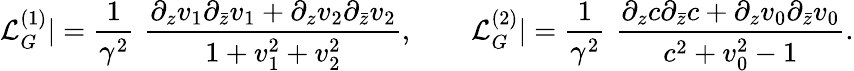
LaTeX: {\mathcal L}_{G}^{(1)}|=\frac{1}{\gamma^{2}}\, \, \frac{\partial_{z}v_{1}\partial_{\bar{z}}v_{1}+\partial_{z}v_{2}\partial_{\bar{z}}v_{2}}{1+v_{1}^{2}+v_{2}^{2}},~~~~~~~~{\mathcal L}_{G}^{(2)}|=\frac{1}{\gamma^{2}}\, \, \frac{\partial_{z}c\partial_{\bar{z}}c+\partial_{z}v_{0}\partial_{\bar{z}}v_{0}}{c^{2}+v_{0}^{2}-1}.